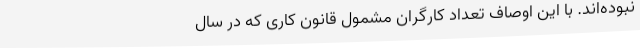
نبوده‌اند. با این اوصاف تعداد کارگرانِ مشمول قانونِ کاری که در سال